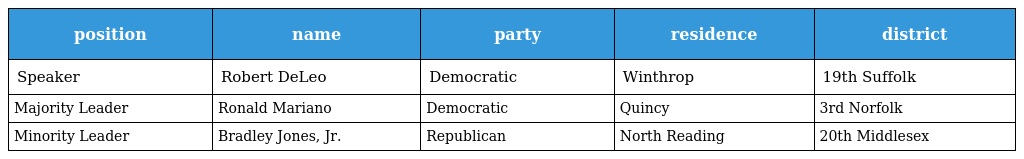
| position | name | party | residence | district |
 | --- | --- | --- | --- | --- |
 | Speaker | Robert DeLeo | Democratic | Winthrop | 19th Suffolk |
 | Majority Leader | Ronald Mariano | Democratic | Quincy | 3rd Norfolk |
 | Minority Leader | Bradley Jones, Jr. | Republican | North Reading | 20th Middlesex |